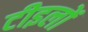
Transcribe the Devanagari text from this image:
टीइलों